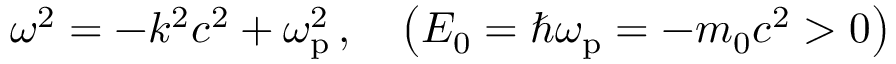
\omega ^ { 2 } = - k ^ { 2 } c ^ { 2 } + \omega _ { \mathrm { p } } ^ { 2 } \, , \quad \left( E _ { 0 } = \hbar \omega _ { \mathrm { p } } = - m _ { 0 } c ^ { 2 } > 0 \right)